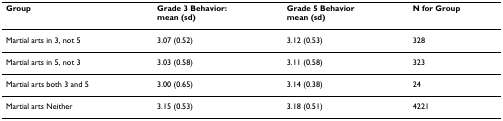
<table><thead><tr><td><b>Group</b></td><td><b>Grade 3 Behavior:mean (sd)</b></td><td><b>Grade 5 Behaviormean (sd)</b></td><td><b>N for Group</b></td></tr></thead><tbody><tr><td>Martial arts in 3, not 5</td><td>3.07 (0.52)</td><td>3.12 (0.53)</td><td>328</td></tr><tr><td>Martial arts in 5, not 3</td><td>3.03 (0.58)</td><td>3.11 (0.58)</td><td>323</td></tr><tr><td>Martial arts both 3 and 5</td><td>3.00 (0.65)</td><td>3.14 (0.38)</td><td>24</td></tr><tr><td>Martial arts Neither</td><td>3.15 (0.53)</td><td>3.18 (0.51)</td><td>4221</td></tr></tbody></table>